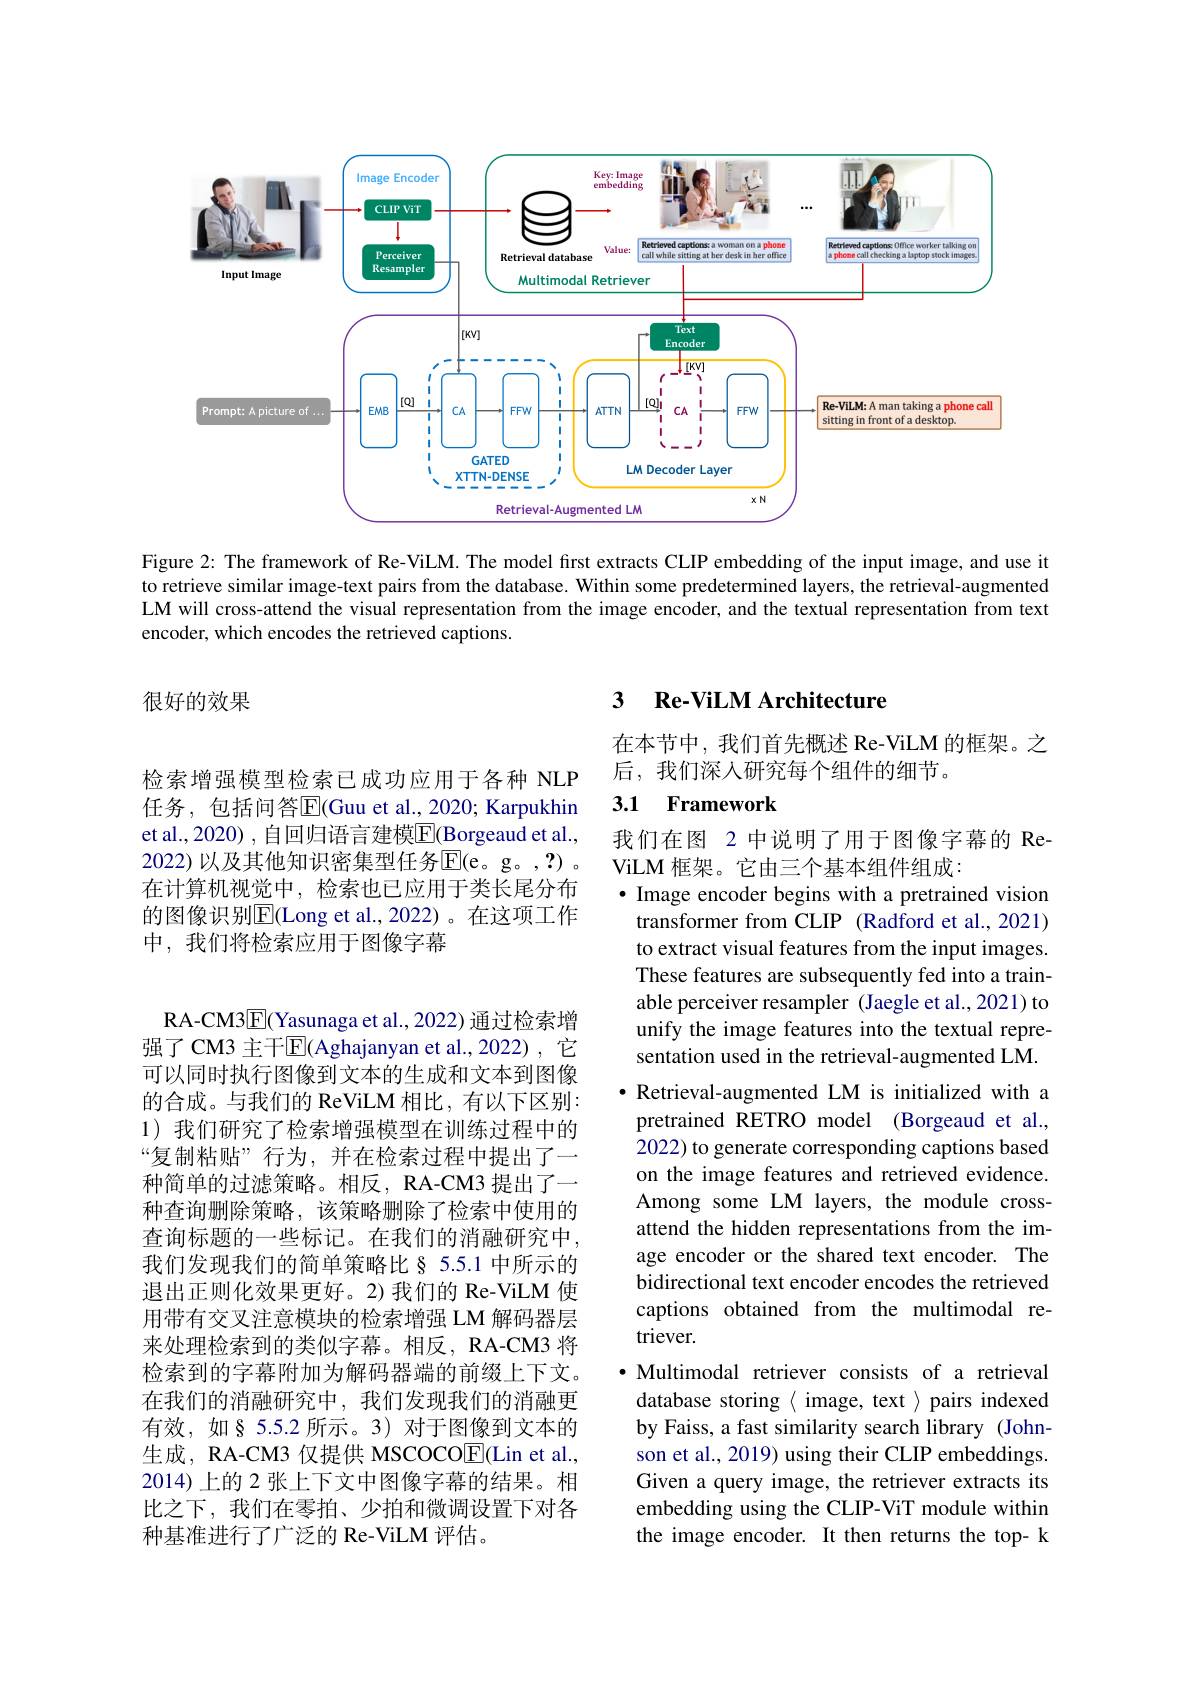
<FigureHere>

Figure 2: The framework of Re-ViLM. The model first extracts CLIP embedding of the input image, and use it to retrieve similar image-text pairs from the database. Within some predetermined layers, the retrieval-augmented LM will cross-attend the visual representation from the image encoder, and the textual representation from text encoder, which encodes the retrieved captions.

## 3 $\textbf{Re- ViLM Architecture}$

很好的效果

在本节中，我们首先概述 Re-ViLM 的框架。之
后，我们深人研究每个组件的细节。

## 3.1 Framework

我们在图 2 中说明了用于图像字幕的 Re-
ViLM 框架。它由三个基本组件组成：
$\bullet$ Image encoder begins with a pretrained vision

检索增强模型检索已成功应用于各种 NLP 任务，包括问答$\overline{\mathrm{E}}($Guu et al.,2020; Karpukhin et al., 2020) , 自回归语言建模$\overline{\mathrm{F}}($Borgeaud et al., 2022)以及其他知识密集型任务E( e。g。, ? ) 在计算机视觉中，检索也已应用于类长尾分布的图像识别$\overline{\mathrm{E}}($Long et al.,2022)。在这项工作中，我们将检索应用于图像字幕

transformer from CLIP (Radford et al., 2021) to extract visual features from the input images. These features are subsequently fed into a trainable perceiver resampler (Jaegle et al., 2021) to unify the image features into the textual representation used in the retrieval-augmented LM.
· Retrieval-augmented LM is initialized with a pretrained RETRO model (Borgeaud et al., 2022) to generate corresponding captions based on the image features and retrieved evidence. Among some LM layers, the module crossattend the hidden representations from the image encoder or the shared text encoder. The bidirectional text encoder encodes the retrieved captions obtained from the multimodal retriever.
$\bullet$ Multimodal retriever consists of a retrieval database storing $\langle$ image, text $\rangle$ pairs indexed by Faiss, a fast similarity search library (Johnson et al., 2019) using their CLIP embeddings. Given a query image, the retriever extracts its embedding using the CLIP-ViT module within the image encoder. It then returns the top- k

RA-CM3$\overline{\mathrm{E}}($Yasunaga et al., 2022) 通过检索增强了CM3 主干$\overline{\mathrm{E}}$(Aghajanyan et al.,2022),它可以同时执行图像到文本的生成和文本到图像的合成。与我们的 ReViLM 相比，有以下区别： 1) 我们研究了检索增强模型在训练过程中的“复制粘贴”行为，并在检索过程中提出了一种简单的过滤策略。相反，RA-CM3 提出了一种查询删除策略，该策略删除了检索中使用的查询标题的一些标记。在我们的消融研究中， 我们发现我们的简单策略比§ 5.5.1 中所示的退出正则化效果更好。2)我们的 Re-ViLM 使用带有交叉注意模块的检索增强 LM 解码器层来处理检索到的类似字幕。相反，RA-CM3 将检索到的字幕附加为解码器端的前缀上下文。在我们的消融研究中，我们发现我们的消融更有效，如§ 5.5.2 所示。3) 对于图像到文本的生成，RA-CM3 仅提供 MSCOCO$\underline{\mathrm{E}}($Lin et al., 2014)上的 2 张上下文中图像字幕的结果。相比之下，我们在零拍、少拍和微调设置下对各种基准进行了广泛的 Re-ViLM 评估。